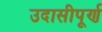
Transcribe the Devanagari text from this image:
उदासीपूर्ण